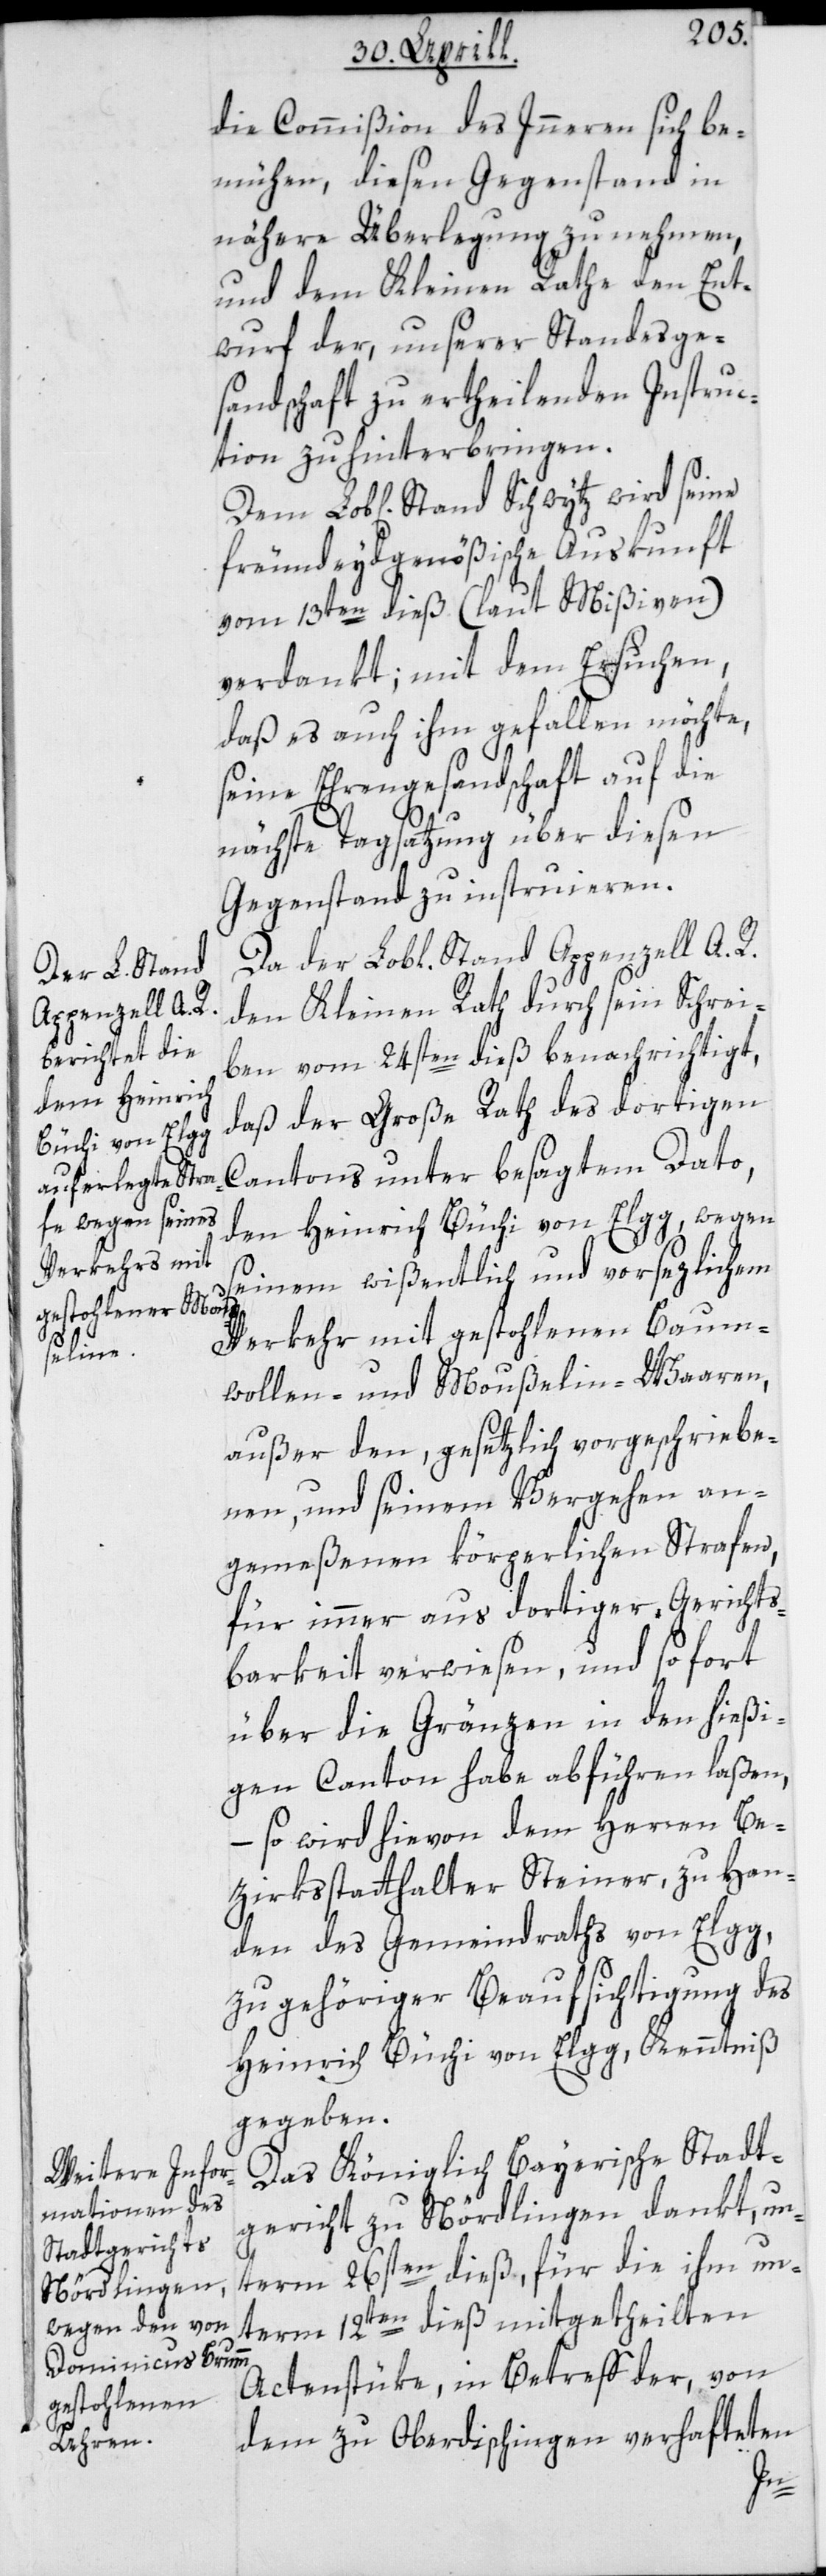
die Commißion des Innern sich be¬
mühen, diesen Gegenstand in
nähere Überlegung zu nehmen,
und dem Kleinen Rathe den Ent¬
wurf der, unserer Standesge¬
sandtschaft zu ertheilenden Instruc¬
tion zu hinterbringen.
hen] Stand Schwytz wird seine
freundeydgenößische Auskunft
vom 13ten dieß (laut Mißiven)
verdankt, mit dem Ersuchen,
daß es auch ihm gefallen möchte,
seine Ehrengesandtschaft auf die
nächste Tagsatzung über diesen
Gegenstand zu instruieren.
Da der Lobl. Stand Appenzell A. R.
den Kleinen Rath durch sein Schrei¬
ben vom 24sten dieß benachrichtigt,
daß der Große Rath des dortigen
Cantons unter besagtem Dato,
den Heinrich Büchi von Elgg, wegen
seinem wißentlich und vorsezlichem
Verkehr mit gestohlenen Baum¬
Lob[lic¬
wollen- und Moußelin-Waaren,
außer den, gesetzlich vorgeschriebe¬
nen, und seinem Vergehen an¬
gemeßenen körperlichen Strafen,
für immer aus dortiger Gerichts¬
barkeit verwiesen, und sofort
über die Gränzen in den hießi¬
gen Canton habe abführen laßen,
– so wird hievon dem Herren Be¬
zirksstatthalter Steiner, zu Han¬
den des Gemeindraths von Elgg,
zu gehöriger Beaufsichtigung des
Heinrich Büchi von Elgg, Kenntniß
gegeben.
Das Königlich Bayerische Stadt¬
gericht zu Nördlingen dankt, un¬
term 26sten dieß, für die ihm un¬
term 12ten dieß mitgetheilten
Actenstüke, in Betreff der, von
dem zu Oberdischingen verhafteten
Dem